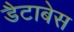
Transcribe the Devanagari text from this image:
डैटाबेस